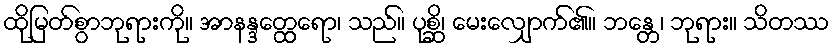
ထိုမြတ်စွာဘုရားကို။ အာနန္ဒတ္ထေရော၊ သည်။ ပုစ္ဆိ၊ မေးလျှောက်၏။ ဘန္တေ၊ ဘုရား။ သိတဿ